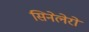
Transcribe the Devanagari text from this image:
सिनेलेरो